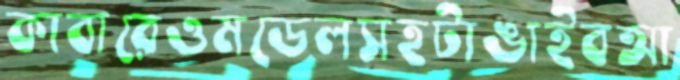
কাবারেওমডেলসহটাঙাইবআ